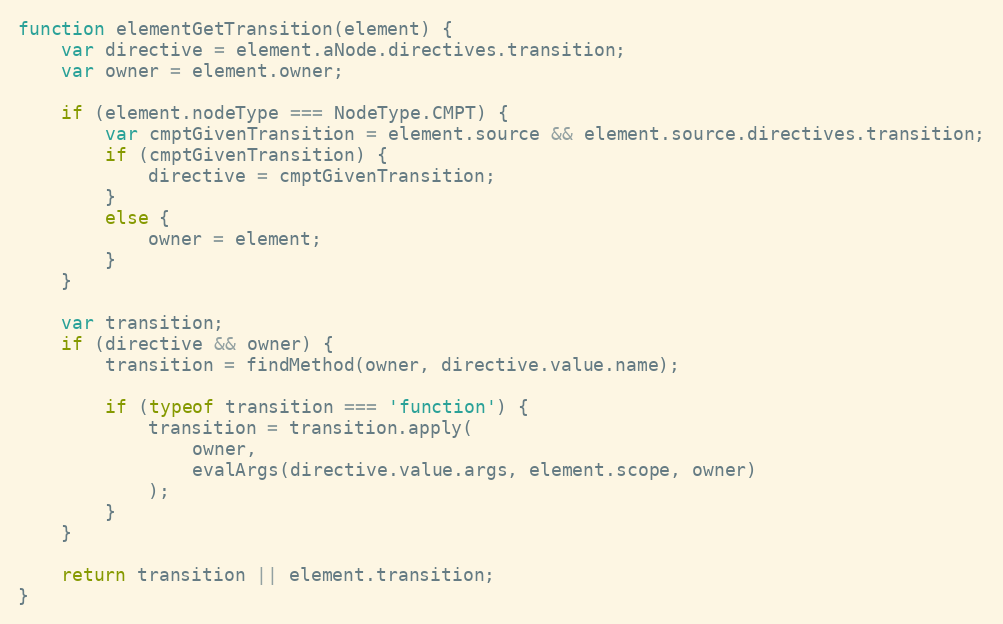
Language: JavaScript
function elementGetTransition(element) {
    var directive = element.aNode.directives.transition;
    var owner = element.owner;

    if (element.nodeType === NodeType.CMPT) {
        var cmptGivenTransition = element.source && element.source.directives.transition;
        if (cmptGivenTransition) {
            directive = cmptGivenTransition;
        }
        else {
            owner = element;
        }
    }

    var transition;
    if (directive && owner) {
        transition = findMethod(owner, directive.value.name);

        if (typeof transition === 'function') {
            transition = transition.apply(
                owner,
                evalArgs(directive.value.args, element.scope, owner)
            );
        }
    }

    return transition || element.transition;
}